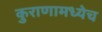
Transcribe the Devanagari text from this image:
कुराणामध्येच